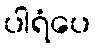
ပါရံပေ